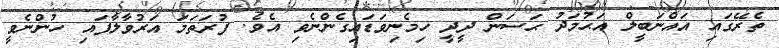
ތެރޭގައި އައްނަބީލް އަޙުމަދު ޙަސަން ދީދީ ހިމެނިވަޑައިގެންނެވި އެވެ. ފުރަތަމަ އަރުވާލާފައި ހުންނެވީ